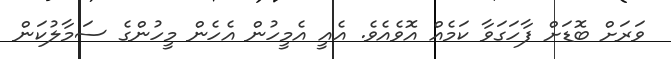
ވަރަށް ބޮޑަށް ފާހަގަވާ ކަމެއް އޮވެއެވެ. އެއީ އެމީހުން އެހެން މީހުންގެ ސަމާލުކަން